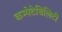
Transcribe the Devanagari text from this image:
कम्पेटेबिलिटी